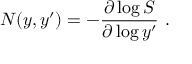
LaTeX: N ( y , y ^ { \prime } ) = - { \frac { \partial \log S } { \partial \log y ^ { \prime } } } \ .